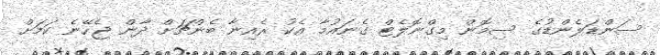
ސަންޑަލެންޑުގެ ސިމޮން މިގްނޮލެޓް ގެނައުމާ އެކު ރެއިނާ ބެންޗަށް ދާން ޖެހޭނެ ކަމަށް